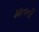
માતની